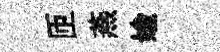
匝燕媮